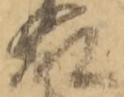
藤